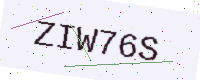
Text: ZIW76S